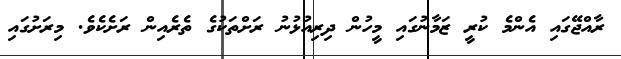
ރާއްޖޭގައި އެންމެ ކުރީ ޒަމާނުގައި މީހުން ދިރިއުޅުނު ރަށްތަކުގެ ތެރެއިން ރަށެކެވެ. މިރަށުގައި